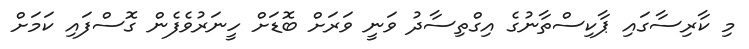
މި ކާރިސާގައި ޕާކިސްތާނުގެ އިގްތިސާދު ވަނީ ވަރަށް ބޮޑަށް ހީނަރުވެފެން ގޮސްފައި ކަމަށް